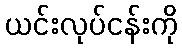
ယင်းလုပ်ငန်းကို